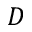
D